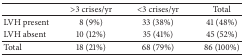
|  | >3 crises/yr | <3 crises/yr | Total |
 | --- | --- | --- | --- |
 | LVH present | 8 (9%) | 33 (38%) | 41 (48%) |
 | LVH absent | 10 (12%) | 35 (41%) | 45 (52%) |
 | Total | 18 (21%) | 68 (79%) | 86 (100%) |